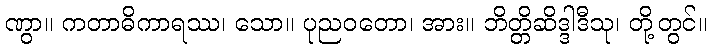
ဏွာ။ ကတာဓိကာရဿ၊ သော။ ပုညဝတော၊ အား။ ဘိတ္တိဆိဒ္ဒါဒီသု၊ တို့တွင်။